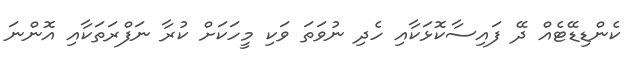
ކެންޑިޑޭޓެއް ދޭ ފައިސާކޮޅަކާއި ހެދި ނުވަތަ ވަކި މީހަކަށް ކުރާ ނަފްރަތަކާއި އޮންނަ